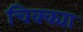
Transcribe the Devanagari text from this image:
चिक्क्या